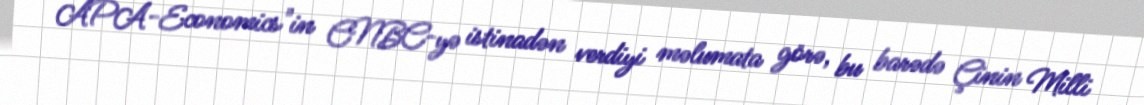
APA-Economics"in CNBC-yə istinadən verdiyi məlumata görə, bu barədə Çinin Milli